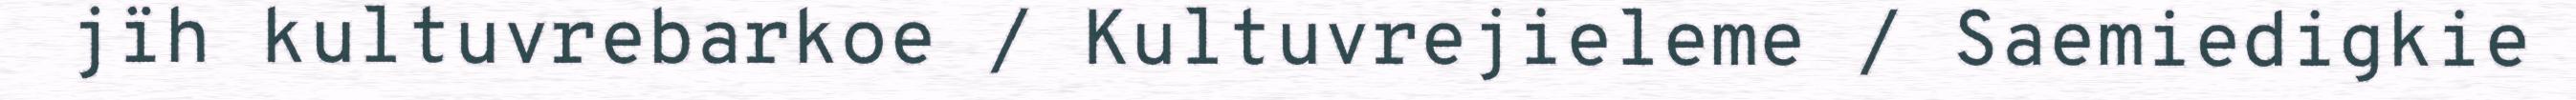
jïh kultuvrebarkoe / Kultuvrejieleme / Saemiedigkie